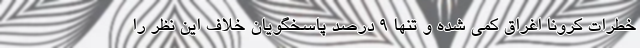
خطرات کرونا اغراق کمی شده و تنها ۹ درصد پاسخگویان خلاف این نظر را